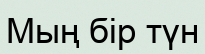
Мың бір түн